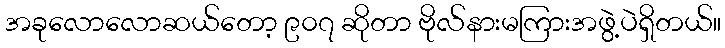
အခုလောလောဆယ်တော့ ၉၀၇ ဆိုတာ ဗိုလ်နားမကြားအဖွဲ့ပဲရှိတယ်။